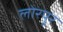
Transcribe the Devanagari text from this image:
लोरपुर